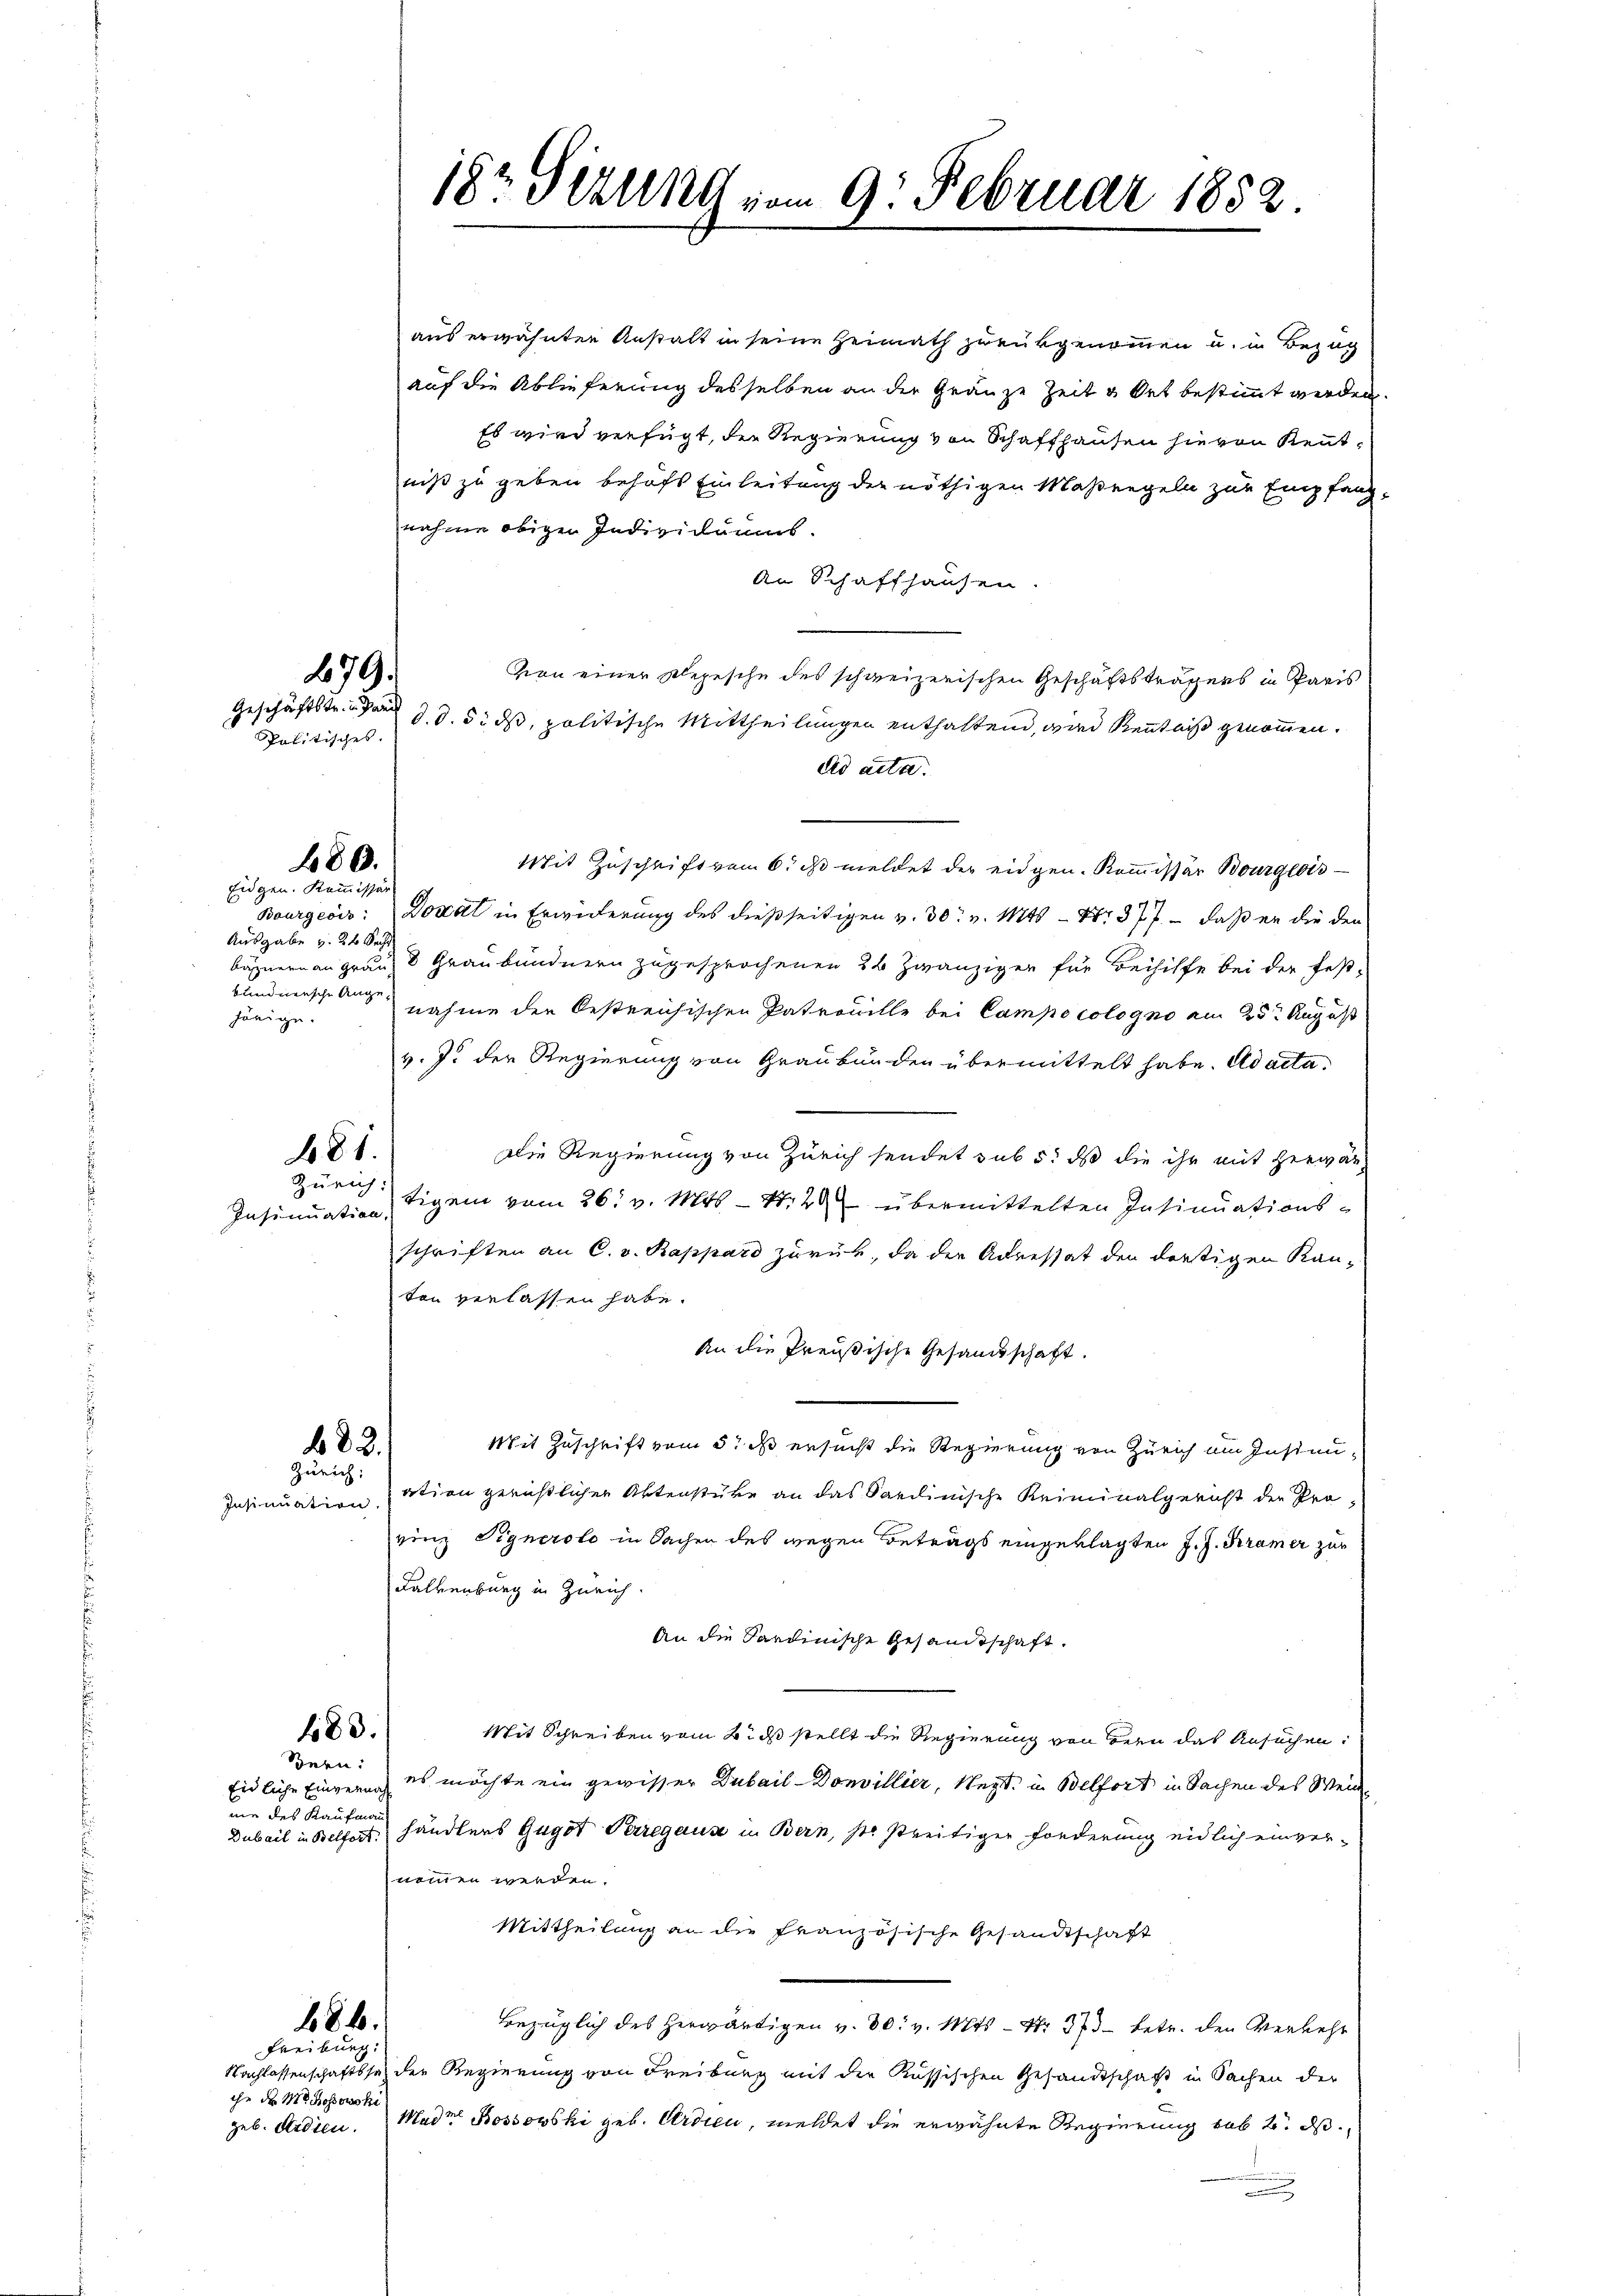
Politisches. |

Ausgabe v. 24 Se
bundnersche Angehörige.

Insinuation,

480.
Eidgen. Kommissär

279.
Geschäftstr. Hand

81.
Zürich:

aus erwähnten Anstalt in seine Heimath zurükgenommen u. in Bezug
auf die Ablieferung desselben an der Gränze Zeit u Ort bestimmt werden.
Es wird verfügt, der Regierung von Schaffhausen hievon Kenntniß zu geben behufs Einleitung der nöthigen Maßregeln zur Empfang-
nahme obigen Individuums.
An Schaffhausen.
von einer Klepesche des schweizerischen Geschäftsträgers in Paris
d. d. 5. ds, politische Mittheilungen enthaltend, wird Kenntniß genommen.
dd acta.
Mit Zuschrift vom 6. ds meldet der eidgen. Kommissär Bourgeois
Bourgeois: Donat in Erwiederung des dießseitigen v. 30. v. Mts. — Nr. 377 - daß er die der
bähnern an graus 3 Graubündnern zugesprochenen 36 Zwanzigen für Beihilfe bei der festnahme der Oestreichischen Patrouille bei Campo cologno am 23 August
v. J. der Regierung von Graubünden übermittelt habe. Ad acta¬
Die Regierung von Zürich sendet sub 5. ds die ihr mit herwär
tigen vom 26. v. Mts. — N. 2 übermittelten Insinuationsschriften an C. v. Rappard zurück, da die Adressat den dortigen Kanten verlassen habe.
An die Preußische Gesandtschaft.
Mit Zuschrift vom 5. ds ersucht die Regierung von Zürich am Instan¬
83.
Zürich:
ation gerüstlichen Aktenstüke an das Sardinische Kriminalgericht der Pro-
Insinuation.
vinz Pignerolo in Sachen des wegen Betrags eingeklagten J. J. Kramer zur
Kalkenburg in Zürich.
An die Sardinische Gesandtschaft
183.
Mit Schreiben vom 2. ds stellt die Regierung von Bern das Ansuchen:
Bern:
Eidliche Eingern es möchte ein gewisser Dubail-Donvillier, Negt. in Belfort in Sachen des Weide
nie des Kaufmann
Dubail in Belfort. Händlers Gugot Perregaus in Bern, so streitiger Forderung eidlich einvernommen werden.
Mittheilung an die französische Gesandtschaft
686.
Bezüglich des herwärtigen v. 30. v. Mts. — Nr. 373 betr. den Verkehr
Freiburg.
Nachlassenschaftssatz der Regierung von Freiburg mit der Russischen Gesandtschaft in Sachen der
ihe der M. Kosowoh
geb. Ferdien. Madre Bossowski geb. Ardien, meldet die erwähnte Regierung sub 2. ds.

18. Gerung vom 9. Februar 1882.